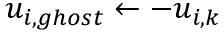
u _ { i , g h o s t } \leftarrow - u _ { i , k }